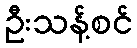
ဦးသန့်စင်